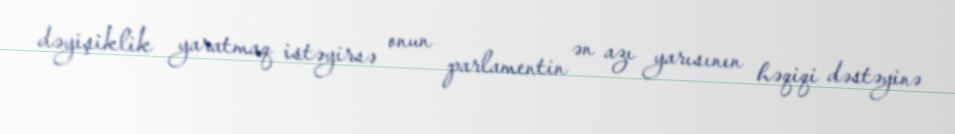
dəyişiklik yaratmaq istəyirsə onun parlamentin ən azı yarısının həqiqi dəstəyinə